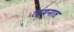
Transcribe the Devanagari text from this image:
तायनात